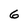
Character: 6